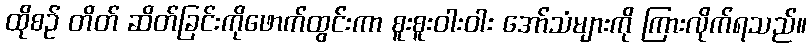
ထိုစဉ် တိတ် ဆိတ်ခြင်းကိုဖောက်ထွင်းကာ စူးစူးဝါးဝါး အော်သံများကို ကြားလိုက်ရသည်။